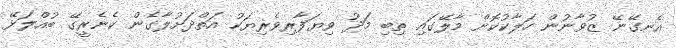
އެނގޭނޭ ޒުވާނުން ހަލާކުކޮށް މާލޭގައި ތިބި މަދު ވިޔަފާރިވެރިޔަކު އަތްދަށުލާގެން ކެނެރީގޭ ބުއްލަޅޭ